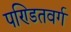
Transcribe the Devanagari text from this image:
पण्डितवर्ग